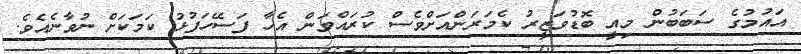
އައުމުގެ ސަބަބުން މިއީ ބޮޑުވަޒީރު ކެމަރަންއަށްވެސް ކުރައްވަން އެހާ ފަސޭހަފުޅު ކަމަކަށް ނުވާނެއެވެ.